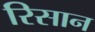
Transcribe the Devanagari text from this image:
रिसान